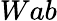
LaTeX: Wab